Scottish Leaving Certificate Examination, 1953
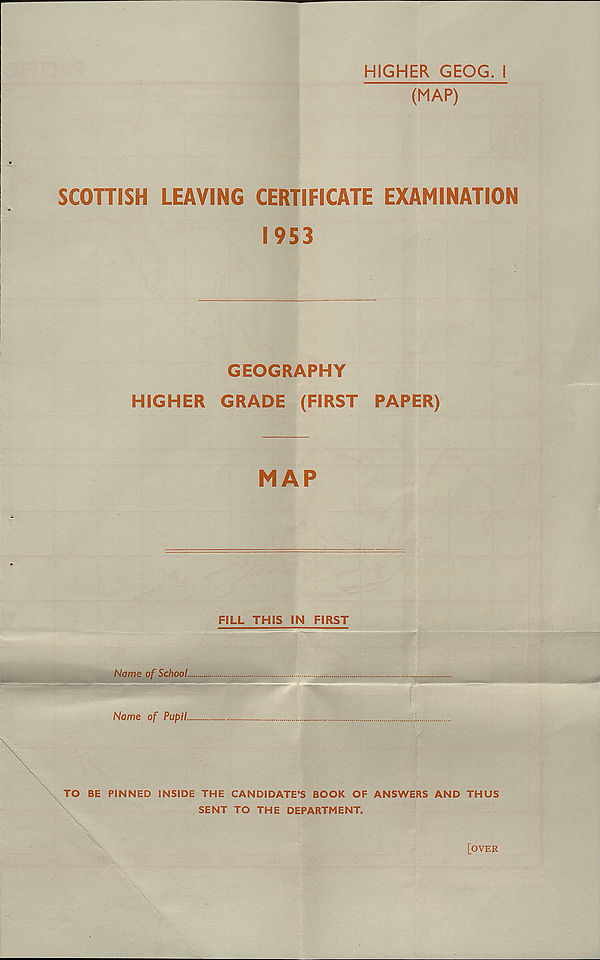
HIGHER GEOG. I
(MAP)
SCOHISH LEAVING CERTIFICATE EXAMINATION
1953
GEOGRAPHY
HIGHER GRADE
(FIRST
PAPER)
MAP
FILL THIS IN FIRST
Name of School.
Name of Pupil.
TO BE PINNED INSIDE THE CANDIDATE’S BOOK OF ANSWERS AND THUS
SENT TO THE DEPARTMENT.
[OVER